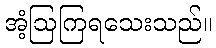
အံ့ဩကြရသေးသည်။